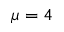
\mu = 4